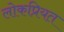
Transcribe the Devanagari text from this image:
लोकप्रियत